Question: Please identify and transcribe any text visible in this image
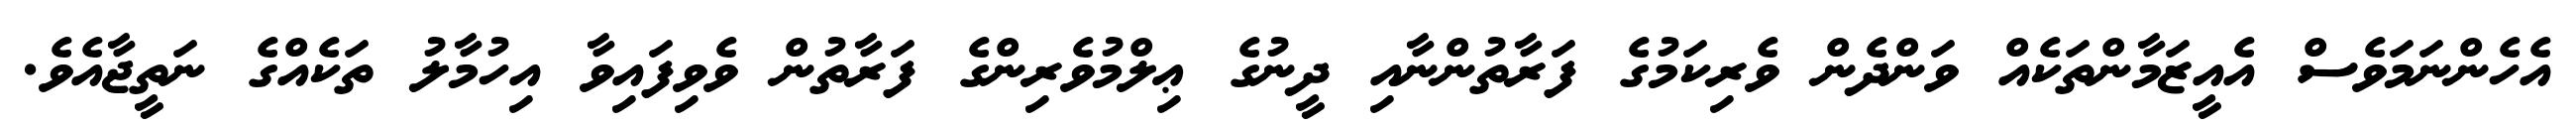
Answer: އެހެންނަމަވެސް އެއީޒަމާންތަކެއް ވަންދެން ވެރިކަމުގެ ފަރާތުންނާއި ދީނުގެ ޢިލްމުވެރިންގެ ފަރާތުން ވެވިފައިވާ އިހުމާލު ތަކެއްގެ ނަތީޖާއެވެ.